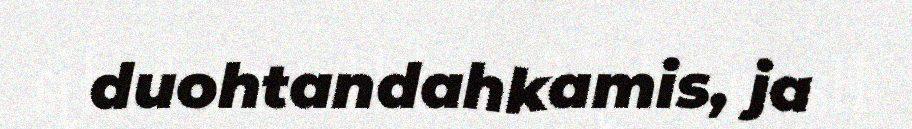
duohtandahkamis, ja